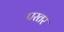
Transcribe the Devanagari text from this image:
परतर